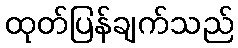
ထုတ်ပြန်ချက်သည်